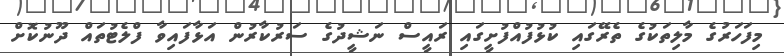
މިފަހަރުގެ މާލިތަކުގެ ތެރޭގައި ކުޅުފުއްފުށީގައި ރައީސް ނަޝީދުގެ ސަރުކާރުން އަޅާފައިވާ ފްލެޓުތައް ދޫނުކޮށް